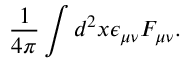
\frac { 1 } { 4 \pi } \int d ^ { 2 } x \epsilon _ { \mu \nu } F _ { \mu \nu } .